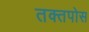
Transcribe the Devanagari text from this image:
तक्तपोस